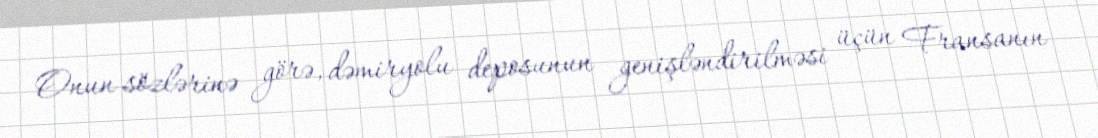
Onun sözlərinə görə, dəmiryolu deposunun genişləndirilməsi üçün Fransanın